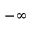
- \infty